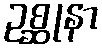
ဥစ္ဆုနာ